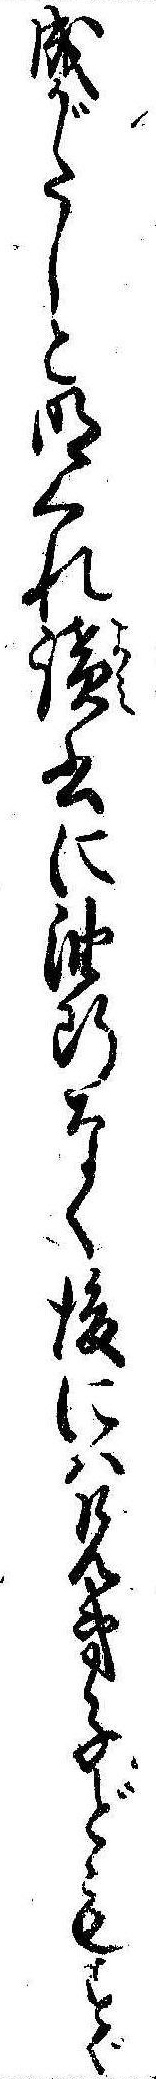
成がたしと明くれ読書に油断なく後には兄弟子どもすぐ